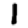
Digit: 1